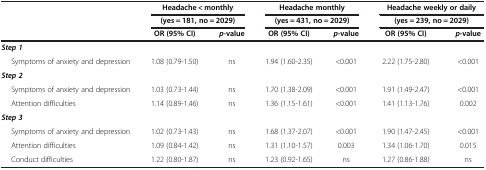
<table><thead><tr><td rowspan="3"><b> </b></td><td colspan="2"><b>Headache &lt; monthly</b></td><td colspan="2"><b>Headache monthly</b></td><td colspan="2"><b>Headache weekly or daily</b></td></tr><tr><td colspan="2"><b>(yes = 181, no = 2029)</b></td><td colspan="2"><b>(yes = 431, no = 2029)</b></td><td colspan="2"><b>(yes = 239, no = 2029)</b></td></tr><tr><td><b>OR (95% CI)</b></td><td><b><i>p</i>-value</b></td><td><b>OR (95% CI)</b></td><td><b><i>p</i>-value</b></td><td><b>OR (95% CI)</b></td><td><b><i>p</i>-value</b></td></tr></thead><tbody><tr><td><b><i>Step 1</i></b></td><td> </td><td> </td><td> </td><td> </td><td> </td><td> </td></tr><tr><td>Symptoms of anxiety and depression</td><td>1.08 (0.79-1.50)</td><td>ns</td><td>1.94 (1.60-2.35)</td><td>&lt;0.001</td><td>2.22 (1.75-2.80)</td><td>&lt;0.001</td></tr><tr><td><b><i>Step 2</i></b></td><td> </td><td> </td><td> </td><td> </td><td> </td><td> </td></tr><tr><td>Symptoms of anxiety and depression</td><td>1.03 (0.73-1.44)</td><td>ns</td><td>1.70 (1.38-2.09)</td><td>&lt;0.001</td><td>1.91 (1.49-2.47)</td><td>&lt;0.001</td></tr><tr><td>Attention difficulties</td><td>1.14 (0.89-1.46)</td><td>ns</td><td>1.36 (1.15-1.61)</td><td>&lt;0.001</td><td>1.41 (1.13-1.76)</td><td>0.002</td></tr><tr><td><b><i>Step 3</i></b></td><td> </td><td> </td><td> </td><td> </td><td> </td><td> </td></tr><tr><td>Symptoms of anxiety and depression</td><td>1.02 (0.73-1.43)</td><td>ns</td><td>1.68 (1.37-2.07)</td><td>&lt;0.001</td><td>1.90 (1.47-2.45)</td><td>&lt;0.001</td></tr><tr><td>Attention difficulties</td><td>1.09 (0.84-1.42)</td><td>ns</td><td>1.31 (1.10-1.57)</td><td>0.003</td><td>1.34 (1.06-1.70)</td><td>0.015</td></tr><tr><td>Conduct difficulties</td><td>1.22 (0.80-1.87)</td><td>ns</td><td>1.23 (0.92-1.65)</td><td>ns</td><td>1.27 (0.86-1.88)</td><td>ns</td></tr></tbody></table>